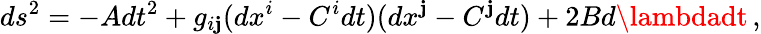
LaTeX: ds^{2}=-Adt^{2}+g_{i\mathbf{j}}(dx^{i}-C^{i}dt)(dx^{\mathbf{j}}-C^{\mathbf{j}}dt)+2Bd\lambdadt\, ,